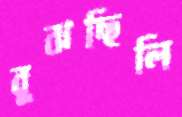
বুঝছিলি